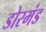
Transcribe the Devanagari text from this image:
डोरमंड